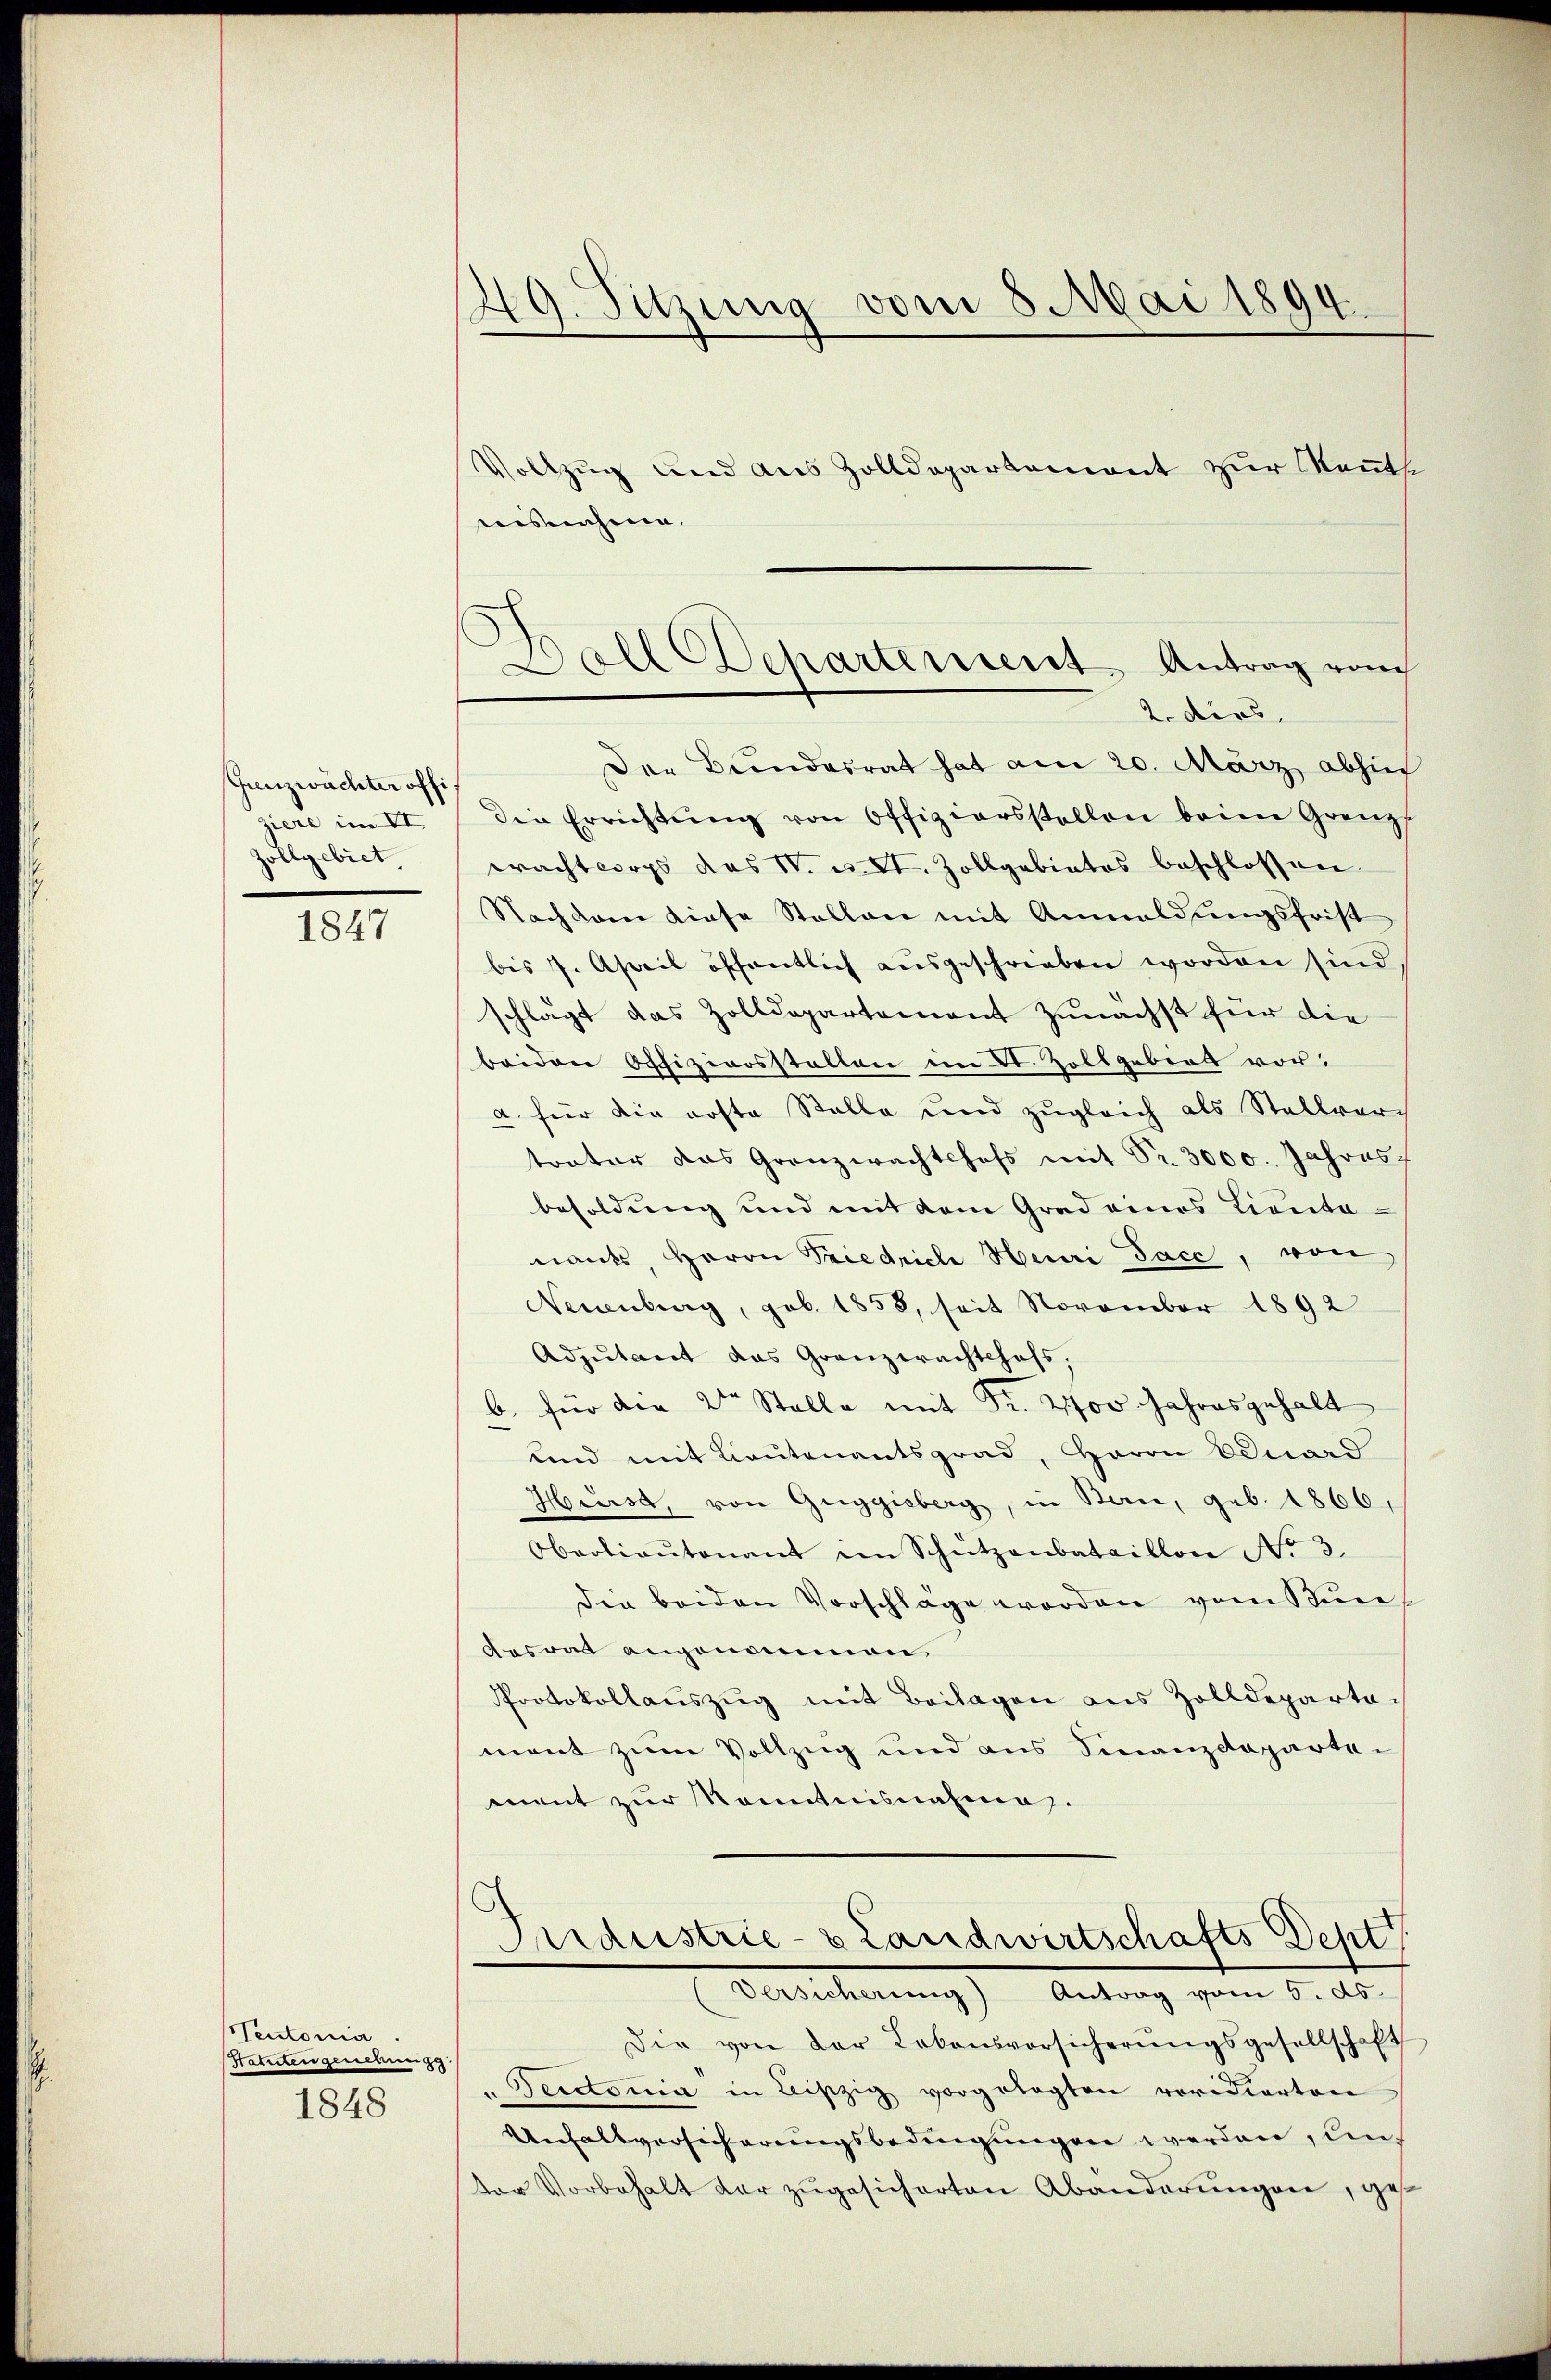
Gunzwachter offiziere im II.
Zollgebiet

1847

Teutonia
Statuten genehmigg.
1848

49. Sitzung vom 8. Mai 1894
Vollzug und aus Zolldepartement zur Kennt
nisnahme.

Der Bundesrat hat am 20. März abhin
Die Errichtŭng von Offiziersstellen beim Grenz
wachtsorgs das St. u. II. Zollgabiatos beschlossen
Nachdem diese Stellen mit Anmeldŭngsfrist
bis 7. April öffentlich aŭsgeschrieben worden sind,
schlagt das Zolldepartement zunächst für die
beiden Offizioosstellen im 2. Zollgebert vor.
a. für die erste Stelle und zugleich als Stellvertratur das Granzwachtshofs mit Nr. 3000. Jahres
besoldung und mit dem Grad eines Lientanants, Herrn Priedriche Heuri Pace, von
Neuenburg, geb. 1858, seit November 1892
Adjutant das Granzerachtshofs,
b. für die 2te͇n Stelle mit Fr. 21700 Jahresgehalt
und mit Lieutenantsgrad, Herrn Eduard
Hurst, von Guggisberg, in Bau, geb. 1866,
Oberlieŭtenant im Schützenbataillon No 3.
Die beiden Vorschläge worden vom Bundesrat angenommen
Protokollauszug mit Beilagen aus Zolldepartament zum Vollzug und aus Finanzcoparten
mant zur Kenntnisnahmen.

Doll Departement Antrag von
2. dies

Die von der Lebensvorsicherŭngsgesellschaft
Decctonia in leiszig vorgelegten vorisierten
Unfallversicherungsbedingungen werden, den
der Vorbehalt der zŭgesicherten Abänderŭngen, ge¬

Pardustrie- & Landwirtschafts Deptt
Versicherung